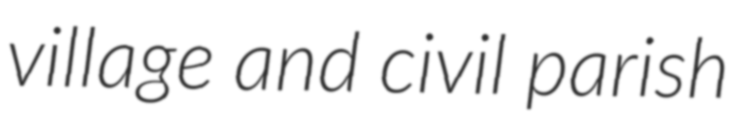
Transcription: village and civil parish